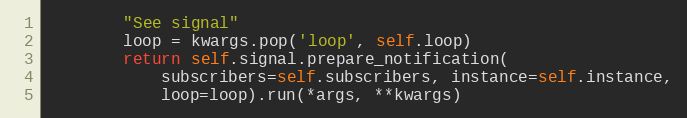
Language: Python
        "See signal"
        loop = kwargs.pop('loop', self.loop)
        return self.signal.prepare_notification(
            subscribers=self.subscribers, instance=self.instance,
            loop=loop).run(*args, **kwargs)